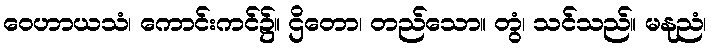
ဝေဟာယသံ၊ ကောင်းကင်၌။ ဌိတော၊ တည်သော။ တွံ၊ သင်သည်။ မနုညံ၊